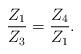
LaTeX: \begin{align*}\frac{Z_1}{Z_3}=\frac{Z_4}{Z_1}.\end{align*}